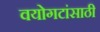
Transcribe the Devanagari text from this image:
वयोगटांसाठी